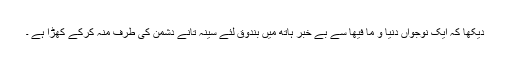
دیکھا کہ ایک نوجواں دنیا و ما فیھا سے بے خبر ہاتھ میں بندوق لئے سینہ تانے دشمن کی طرف منہ کرکے کھڑا ہے ۔